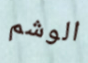
الوشم